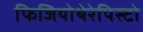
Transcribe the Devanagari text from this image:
फिजियोथेरेपिस्टो